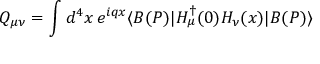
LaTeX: Q _ { \mu \nu } = \int d ^ { 4 } x \, e ^ { i q x } \langle B ( P ) | H _ { \mu } ^ { \dagger } ( 0 ) H _ { \nu } ( x ) | B ( P ) \rangle